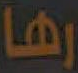
رها